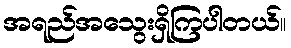
အရည်အသွေးရှိကြပါတယ်။